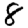
Digit: 8